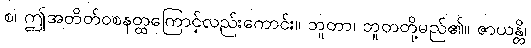
စ၊ ဤအတိတ်ဝစနတ္ထကြောင့်လည်းကောင်း။ ဘူတာ၊ ဘူတတို့မည်၏။ ဇာယန္တိ၊